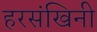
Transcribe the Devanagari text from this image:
हरसंखिनी